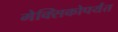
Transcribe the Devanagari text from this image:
मेक्सिकोपर्यंत